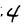
Character: 4